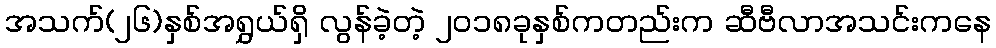
အသက်(၂၆)နှစ်အရွှယ်ရှိ လွန်ခဲ့တဲ့ ၂၀၁၈ခုနှစ်ကတည်းက ဆီဗီလာအသင်းကနေ